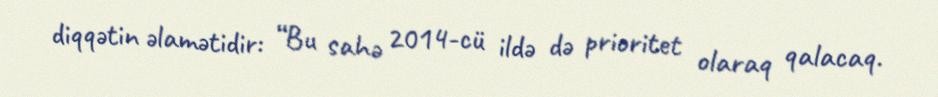
diqqətin əlamətidir: “Bu sahə 2014-cü ildə də prioritet olaraq qalacaq.